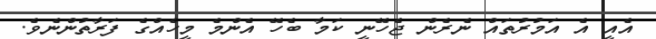
އެއީ އެ އަމުރުތައް ނެރެން ޖެހޭނީ ކަމާ ބެހޭ އެންމެ މީހެއްގެ ފަރާތުންނެވެ.